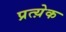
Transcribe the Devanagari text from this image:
प्रत्य़ेक